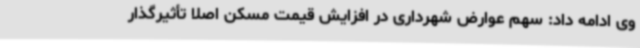
وی ادامه داد: سهم عوارض شهرداری در افزایش قیمت مسکن اصلا تأثیرگذار